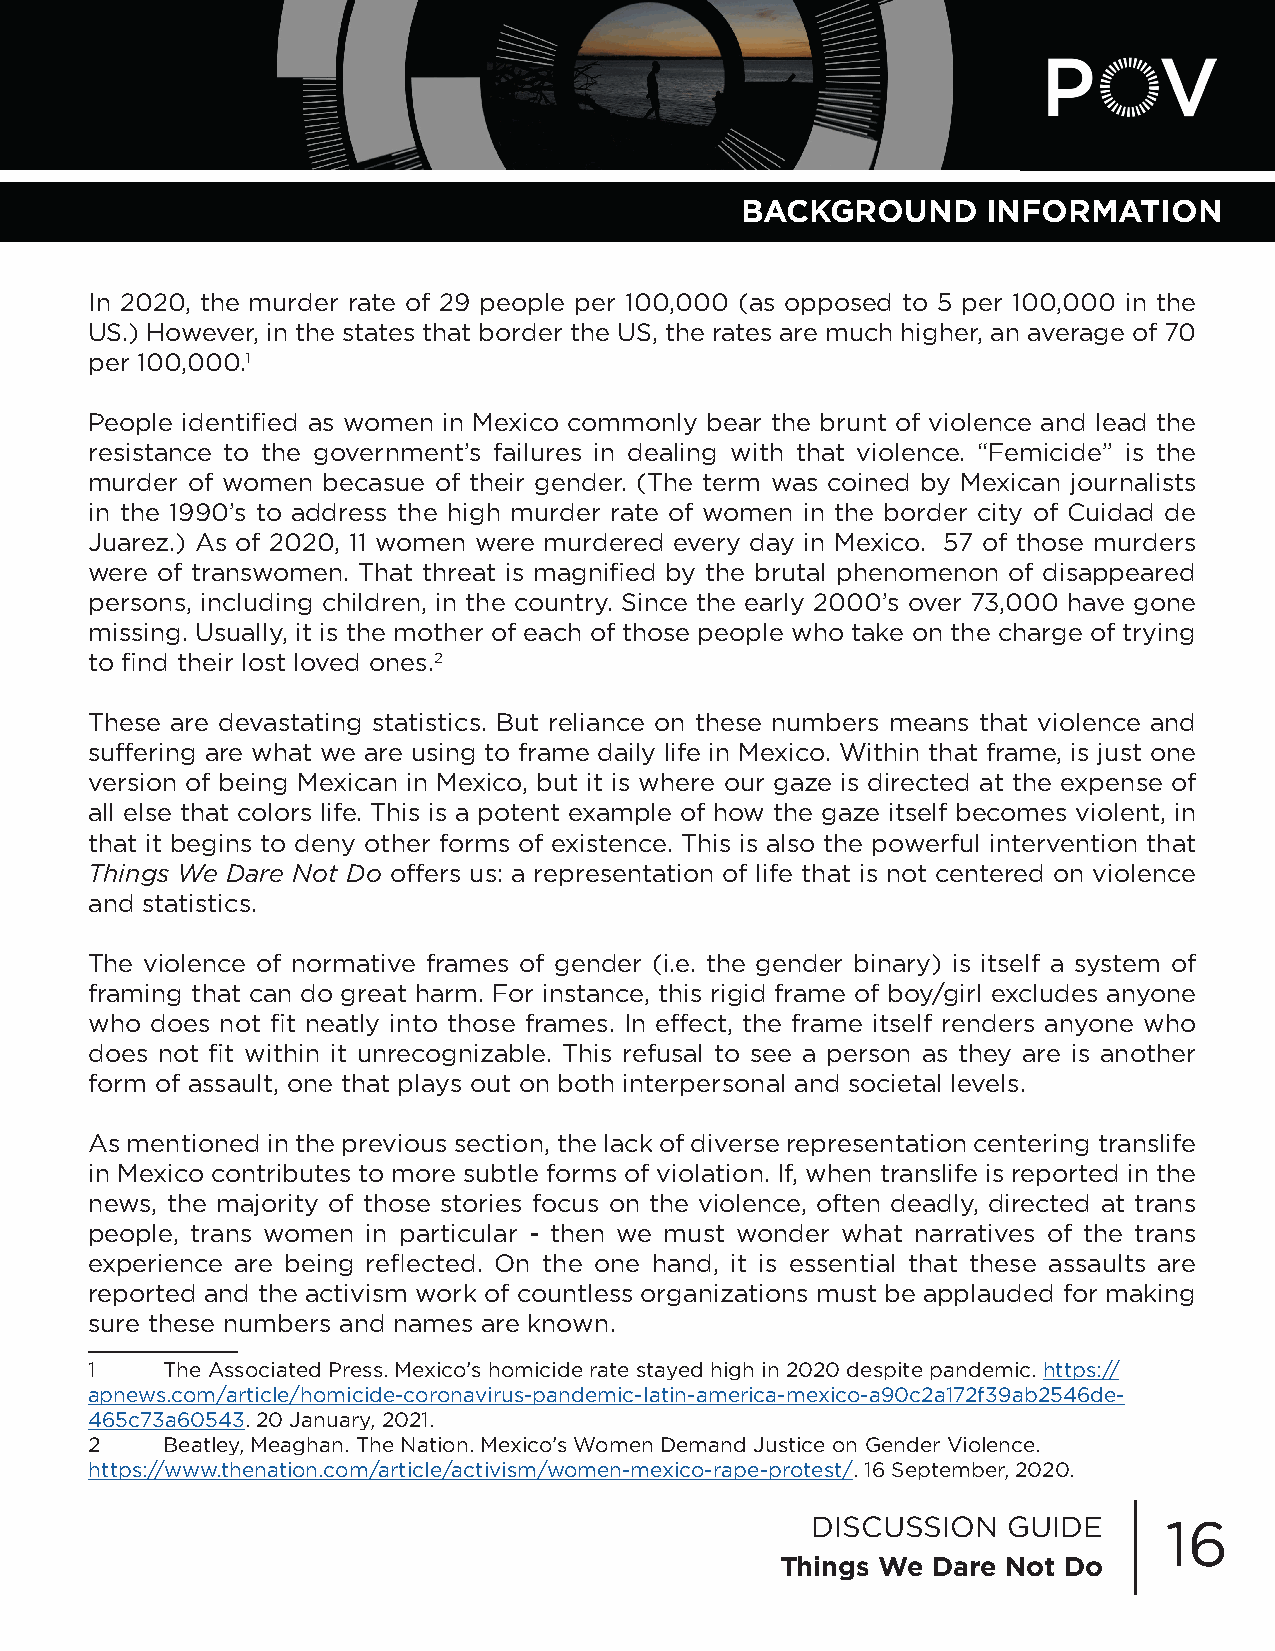
BACKGROUND      INFORMATION
 In 2020, the murder rate of 29 people per 100,000 (as opposed to 5 per 100,000 in the
 US.) However, in the states that border the US, the rates are much higher, an average of 70
 per 100,000.1
 People identified as women in Mexico commonly bear the brunt of violence and lead the
 resistance to the government’s failures in dealing with that violence. “Femicide” is the
 murder of women becasue of their gender. (The term was coined by Mexican journalists
 in the 1990’s to address the high murder rate of women in the border city of Cuidad de
 Juarez.) As of 2020, 11 women were murdered every day in Mexico. 57 of those murders
 were of transwomen. That threat is magnified by the brutal phenomenon of disappeared
 persons, including children, in the country. Since the early 2000’s over 73,000 have gone
 missing. Usually, it is the mother of each of those people who take on the charge of trying
 to find their lost loved ones.2
 These are devastating statistics. But reliance on these numbers means that violence and
 suffering are what we are using to frame daily life in Mexico. Within that frame, is just one
 version of being Mexican in Mexico, but it is where our gaze is directed at the expense of
 all else that colors life. This is a potent example of how the gaze itself becomes violent, in
 that it begins to deny other forms of existence. This is also the powerful intervention that
 Things We Dare Not Do offers us: a representation of life that is not centered on violence
 and statistics.
 The violence of normative frames of gender (i.e. the gender binary) is itself a system of
 framing that can do great harm. For instance, this rigid frame of boy/girl excludes anyone
 who does not fit neatly into those frames. In effect, the frame itself renders anyone who
 does not fit within it unrecognizable. This refusal to see a person as they are is another
 form of assault, one that plays out on both interpersonal and societal levels.
 As mentioned in the previous section, the lack of diverse representation centering translife
 in Mexico contributes to more subtle forms of violation. If, when translife is reported in the
 news, the majority of those stories focus on the violence, often deadly, directed at trans
 people, trans women in particular - then we must wonder what narratives of the trans
 experience are being reflected. On the one hand, it is essential that these assaults are
 reported and the activism work of countless organizations must be applauded for making
 sure these numbers and names are known.
 1    The Associated Press. Mexico’s homicide rate stayed high in 2020 despite pandemic. https://
 apnews.com/article/homicide-coronavirus-pandemic-latin-america-mexico-a90c2a172f39ab2546de-
 465c73a60543. 20 January, 2021.
 2    Beatley, Meaghan. The Nation. Mexico’s Women Demand Justice on Gender Violence.
 https://www.thenation.com/article/activism/women-mexico-rape-protest/. 16 September, 2020.
 DISCUSSION   GUIDE     16
 Things We Dare Not Do